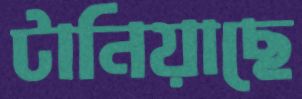
টানিয়াছে